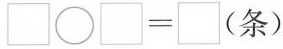
$$\square \bigcirc \square = \square (条)$$